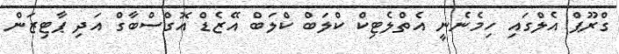
ގްރޫޕް އެލްގައި ހިމެނެނީ އެތްލެޓިކް ކްލަބް ކްލަބް އޭޒެޑް އޮގްސްބާގް އަދި ޕާޓިޒަން